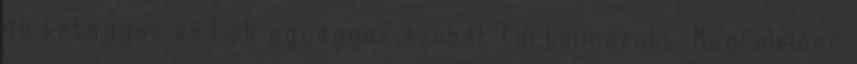
db kétágyas és 1 db egyágyas szobát tartalmazott. Megfelelően